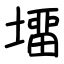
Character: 㙧